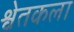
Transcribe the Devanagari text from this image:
श्वेतकला